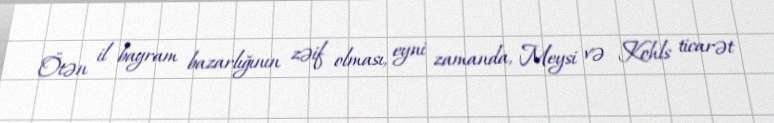
Ötən il bayram bazarlığının zəif olması, eyni zamanda, Meysi və Kohls ticarət